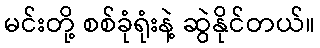
မင်းတို့ စစ်ခုံရုံးနဲ့ ဆွဲနိုင်တယ်။